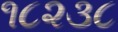
૧૮૨૩૮